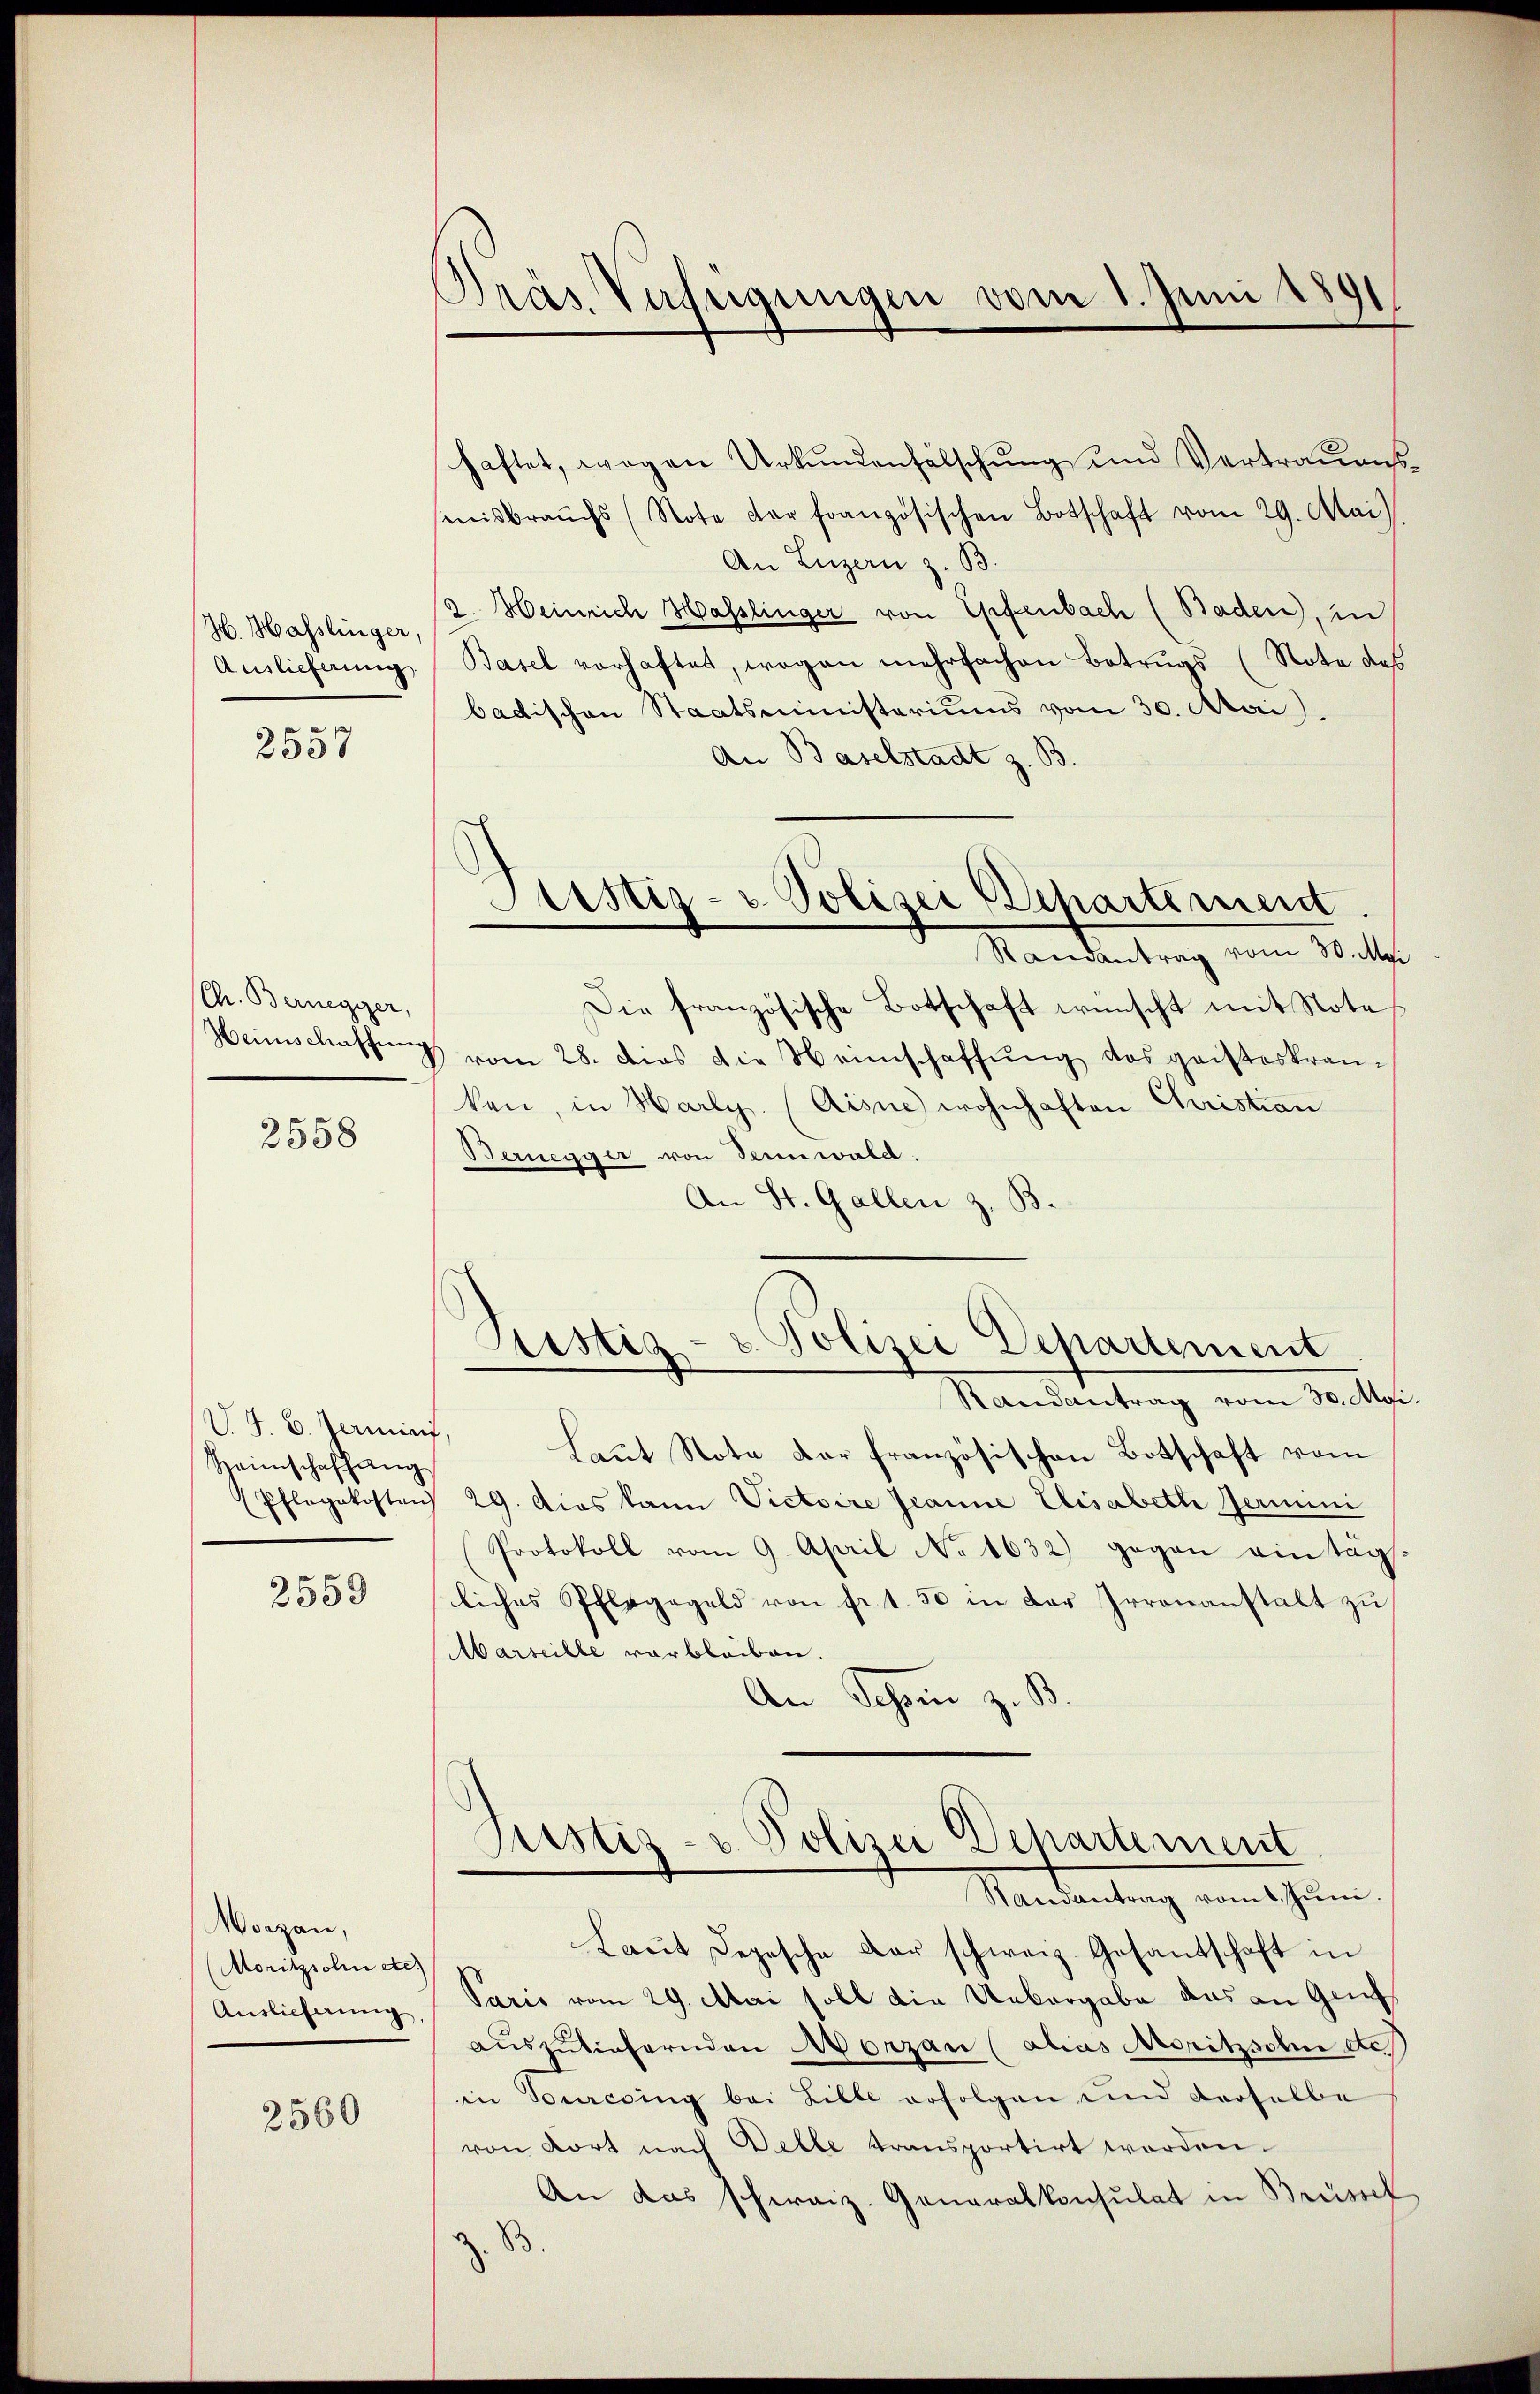
H. Hasslinger,
Auslieferung

2557

Ch. Bernegger,
Heimschaffungs

2558

V. B. Zermin,
Heimschaffung
Pflegekosten

2559

Worzan,
MMoritzsohn etc.)
Auslieferung

2560

Dräs Verfügungen vom 1. Juni 1891

Justiz- & Polizei Departement

haftet, wegen Urkundenfälschung und Vertrauens
misbrauchs (Note der französischen Botschaft vom 29. Mai
An Luzern z. B.
2. Heinrich Hasslinger von Epfenbach (Baden, in
Basel vorhaftet, wogen mehrfachen Betrŭgs (Note des
badischen Staatsministeriums vom 30. Mai.
An Baselstadt z. B.
Randantrag vom 30. Mai
Die französische Botschaft wünscht mit Note
vom 28. dies die Hannschaffŭng des gaisteskranken, in Harly. (Aisne wohnhaften Christian
Bernegger von Sennwald.
An St. Gallen z. B.
Justiz- u. Polizei Departement
Randantrag vom 30. Mgi.
Laŭt Note dar französischen Botschaft vom
29. Dies kann Victoire Jeanne Elisabeth Hermini
Protokoll vom 9. April No 1632) gegen ein tag
liches Pflegageld von fr. 1.50 in der Irrenanstalt zu
Marseille verbleiben.
An Schon z. B.

Justiz- & Polizei Departement
Randantrag vom 1. Jŭni.

Laut Depesche der schweiz. Gesantschaft in
Paris vom 29. Mai soll die Uebergabe das an Genf
auszuliefernden Norzan (alias Moritzsohne etc.
in Turcsing bei Lille erfolgen und derselbe
von Kort nach Belle transportirt worden.
An das schweiz. Generalkonsulat in Brüssel,
s

2